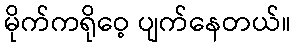
မိုက်ကရိုဝေ့ ပျက်နေတယ်။